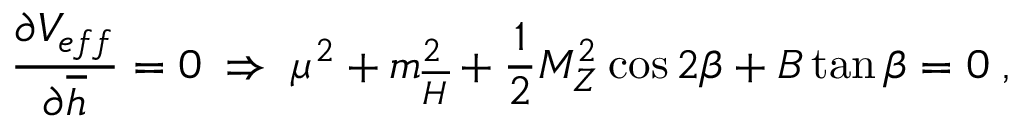
\frac { \partial V _ { e f f } } { \partial \overline { { { h } } } } = 0 \; \Rightarrow \; \mu ^ { 2 } + m _ { \overline { { { H } } } } ^ { 2 } + \frac { 1 } { 2 } M _ { Z } ^ { 2 } \cos 2 \beta + B \tan \beta = 0 \; ,